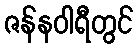
ဇန်နဝါရီတွင်